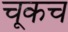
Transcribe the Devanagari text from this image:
चूकच